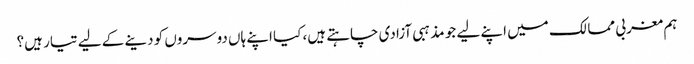
ہم مغربی ممالک میں اپنے لیے جو مذہبی آزادی چاہتے ہیں، کیا اپنے ہاں دوسروں کو دینے کے لیے تیار ہیں؟